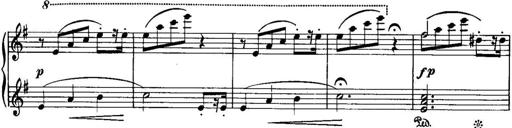
Title: Piano Sonatina No.1, Op.146
Composer: Stephen Heller